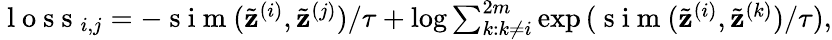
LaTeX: \begin{array}{r}{\mathrm{~l~o~s~s~}_{i,j}=-\mathrm{~s~i~m~}(\tilde{\mathbf{z}}^{(i)},\tilde{\mathbf{z}}^{(j)})/\tau+\log{\sum_{k:k\neq i}^{2m}}\exp{(\mathrm{~s~i~m~}(\tilde{\mathbf{z}}^{(i)},\tilde{\mathbf{z}}^{(k)})/\tau)},}\end{array}